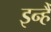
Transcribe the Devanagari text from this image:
इन्हैँ